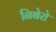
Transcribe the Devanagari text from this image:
निबेरो